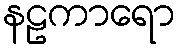
နဠကာရော